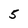
Character: 5